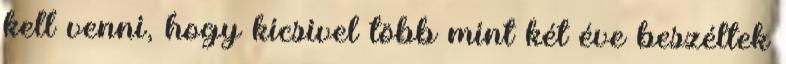
kell venni, hogy kicsivel több mint két éve beszéltek